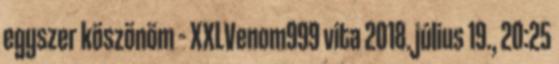
egyszer köszönöm – XXLVenom999 vita 2018. július 19., 20:25